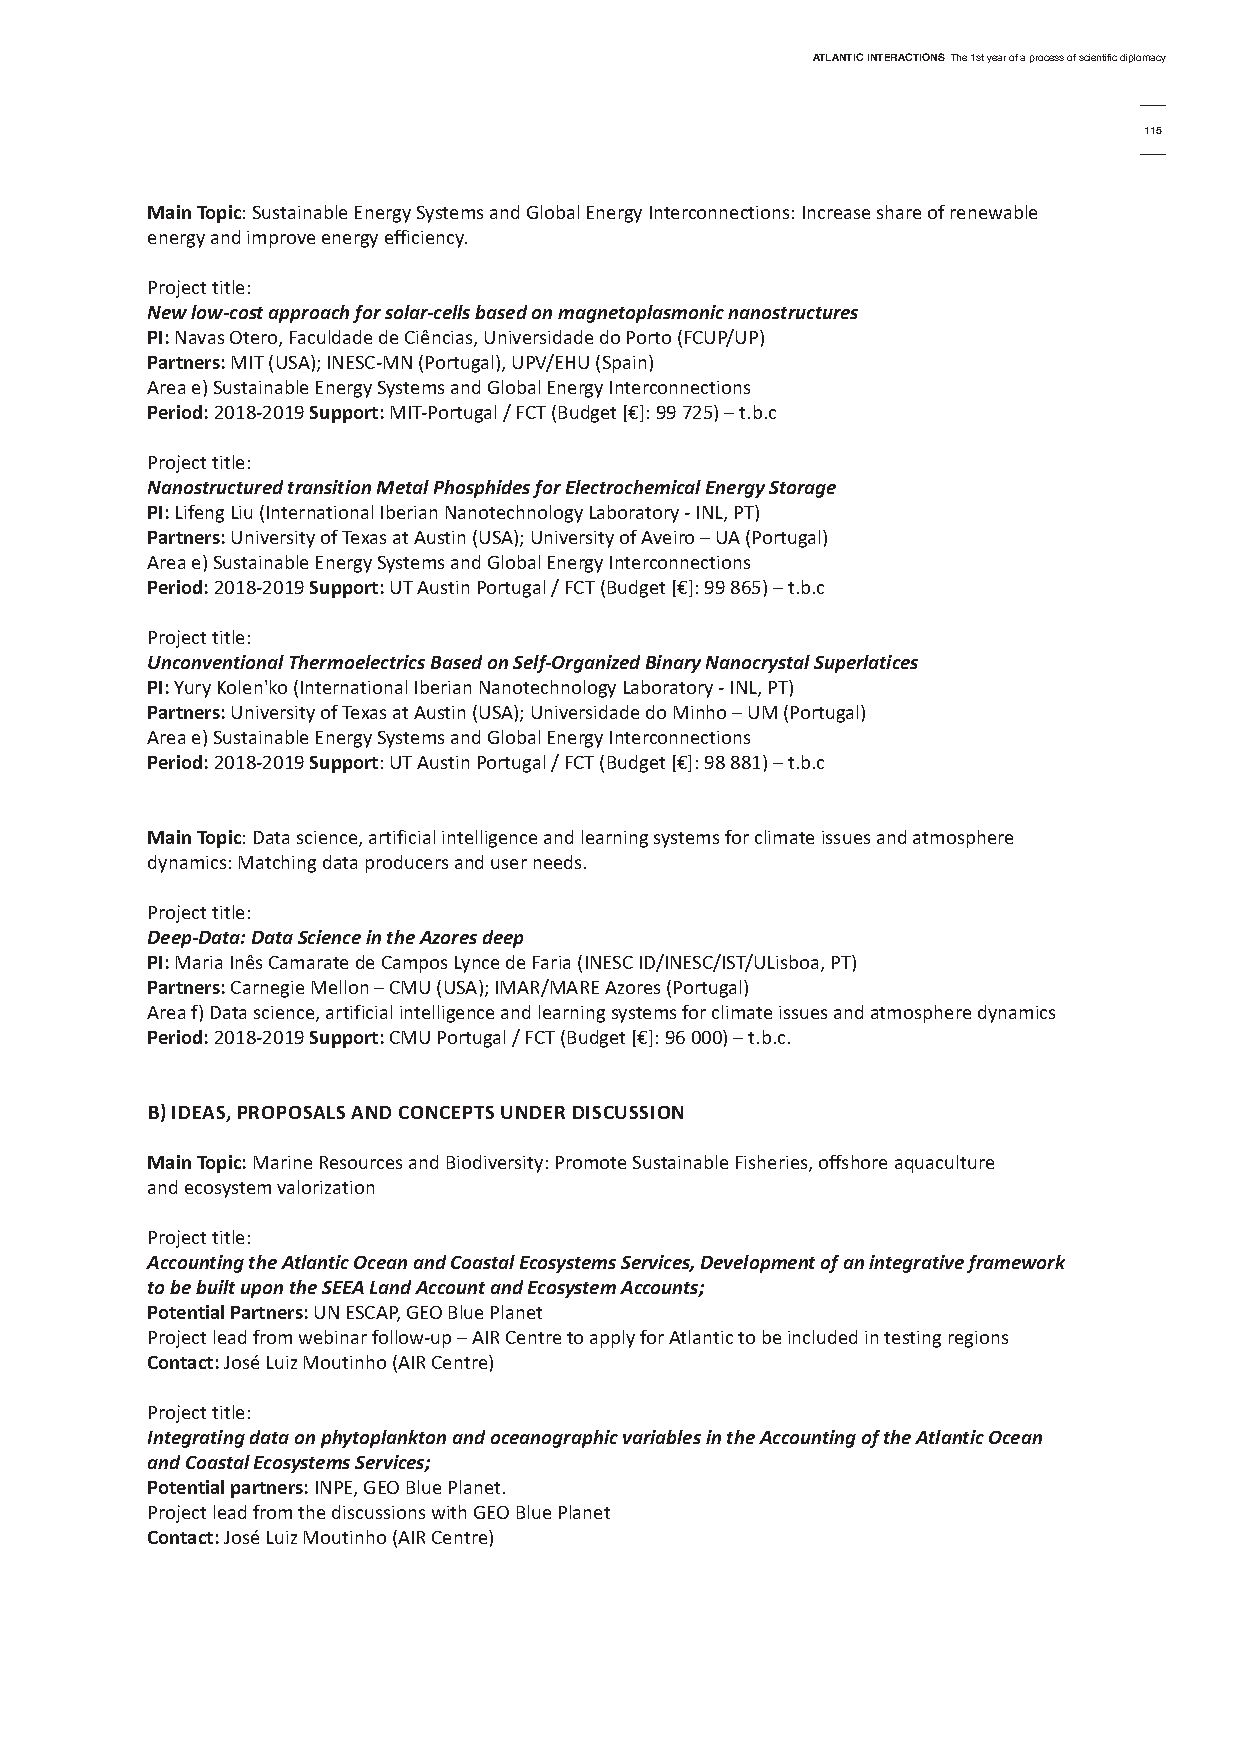
AtlAntic interActionsThe 1st year of a process of scientific diplomacy
 115
 Main topic: Sustainable Energy Systems and Global Energy Interconnections: Increase share of renewable
 energy and improve energy efficiency.
 Project title:
 New low-cost approach for solar-cells based on magnetoplasmonic nanostructures
 Pi:Navas Otero, Faculdade de Ciências, Universidade do Porto (FCUP/UP)
 Partners:MIT (USA); INESC-MN (Portugal), UPV/EHU (Spain)
 Area e) Sustainable Energy Systems and Global Energy Interconnections
 Period:2018-2019 support:MIT-Portugal / FCT (Budget [€]: 99 725) – t.b.c
 Project title:
 Nanostructured transition Metal Phosphides for Electrochemical Energy Storage
 Pi:Lifeng Liu (International Iberian Nanotechnology Laboratory - INL, PT)
 Partners:University of Texas at Austin (USA); University of Aveiro – UA (Portugal)
 Area e) Sustainable Energy Systems and Global Energy Interconnections
 Period:2018-2019 support:UT Austin Portugal / FCT (Budget [€]: 99 865) – t.b.c
 Project title:
 Unconventional Thermoelectrics Based on Self-Organized Binary Nanocrystal Superlatices
 Pi:yury Kolen'ko (International Iberian Nanotechnology Laboratory - INL, PT)
 Partners: University of Texas at Austin (USA); Universidade do Minho – UM (Portugal)
 Area e) Sustainable Energy Systems and Global Energy Interconnections
 Period: 2018-2019 support: UT Austin Portugal / FCT (Budget [€]: 98 881) – t.b.c
 Main topic: Data science, artificial intelligence and learning systems for climate issues and atmosphere
 dynamics: Matching data producers and user needs.
 Project title:
 Deep-Data: Data Science in the Azores deep
 Pi: Maria Inês Camarate de Campos Lynce de Faria (INESC ID/INESC/IST/ULisboa, PT)
 Partners: Carnegie Mellon – CMU (USA); IMAR/MARE Azores (Portugal)
 Area f) Data science, artificial intelligence and learning systems for climate issues and atmosphere dynamics
 Period: 2018-2019 support: CMU Portugal / FCT (Budget [€]: 96 000) – t.b.c.
 b) ideAs, ProPosALs And concePts under discussion
 Main topic:Marine Resources and Biodiversity: Promote Sustainable Fisheries, offshore aquaculture
 and ecosystem valorization
 Project title:
 Accounting the Atlantic Ocean and Coastal Ecosystems Services, Development of an integrative framework
 to be built upon the SEEA Land Account and Ecosystem Accounts;
 Potential Partners:UN ESCAP, GEO Blue Planet
 Project lead from webinar follow-up – AIR Centre to apply for Atlantic to be included in testing regions
 contact:José Luiz Moutinho (AIR Centre)
 Project title:
 Integrating data on phytoplankton and oceanographic variables in the Accounting of the Atlantic Ocean
 and Coastal Ecosystems Services;
 Potential partners:INPE, GEO Blue Planet.
 Project lead from the discussions with GEO Blue Planet
 contact:José Luiz Moutinho (AIR Centre)